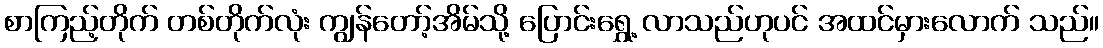
စာကြည့်တိုက် တစ်တိုက်လုံး ကျွန်တော့်အိမ်သို့ ပြောင်းရွှေ့ လာသည်ဟုပင် အထင်မှားလောက် သည်။